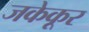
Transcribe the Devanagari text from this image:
जकेकूर